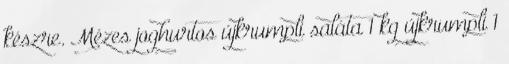
készre. Mézes joghurtos újkrumpli saláta 1 kg újkrumpli 1